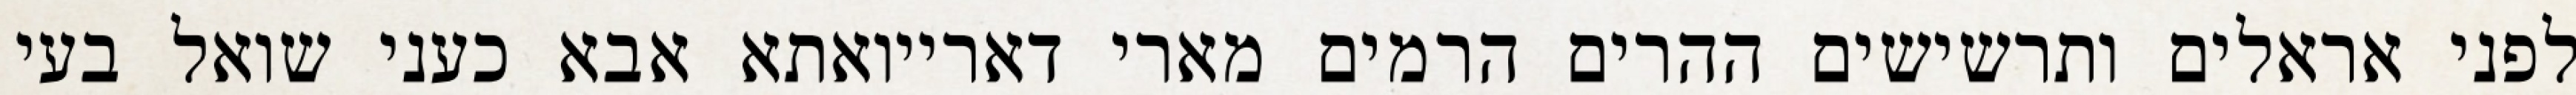
לפני אראלים ותרשישים ההרים הרמים מארי דארייואתא אבא כעני שואל בעי